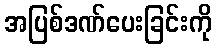
အပြစ်ဒဏ်ပေးခြင်းကို